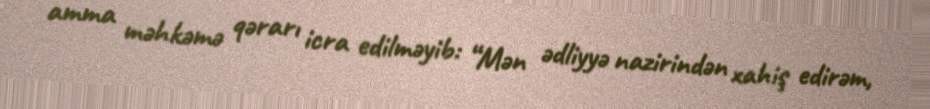
amma məhkəmə qərarı icra edilməyib: “Mən ədliyyə nazirindən xahiş edirəm,